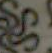
22